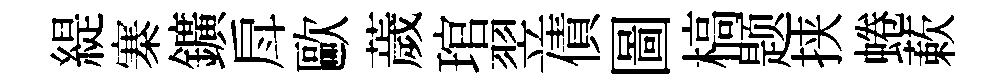
緹寨鑛戽歐薉琯翌債圖槁题挟蜷蔌